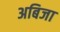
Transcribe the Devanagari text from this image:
अबिजा